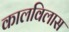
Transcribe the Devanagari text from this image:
कालविलास